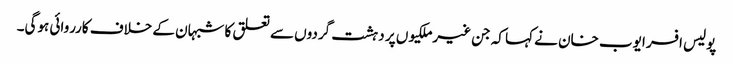
پولیس افسر ایوب خان نے کہا کہ جن غیرملکیوں پر دہشت گردوں سے تعلق کا شبہان کے خلاف کارروائی ہوگی۔